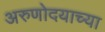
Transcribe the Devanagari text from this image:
अरुणोदयाच्या